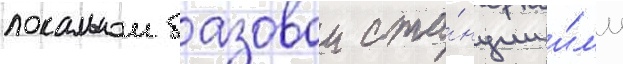
локальнои базовои ста́нции и́л'и